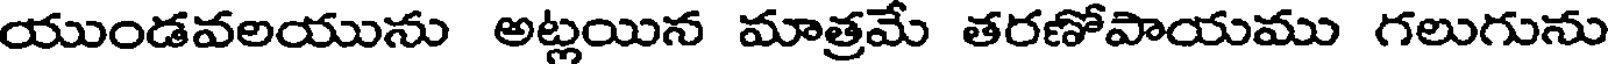
యుండవలయును అట్లయిన మాత్రమే తరణోపాయము గలుగును